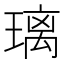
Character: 璃